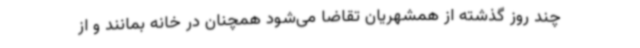
چند روز گذشته از همشهریان تقاضا می‌شود همچنان در خانه بمانند و از